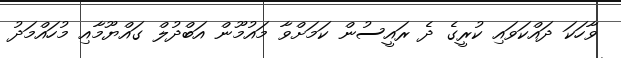
ވާހަކަ ދައްކަވައި ކުރީގެ ދެ ރައީސުން ކަމަށްވާ މައުމޫން އަބްދުލް ގައްޔޫމާއި މުހައްމަދު